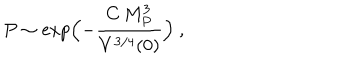
LaTeX: P \sim \exp \Bigl ( - { \frac { C \, M _ { P } ^ { 3 } } { V ^ { 3 / 4 } ( 0 ) } } \Bigr ) \ ,